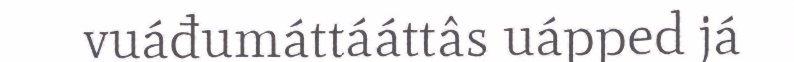
vuáđumáttááttâs uápped já